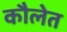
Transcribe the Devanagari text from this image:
कौलेत